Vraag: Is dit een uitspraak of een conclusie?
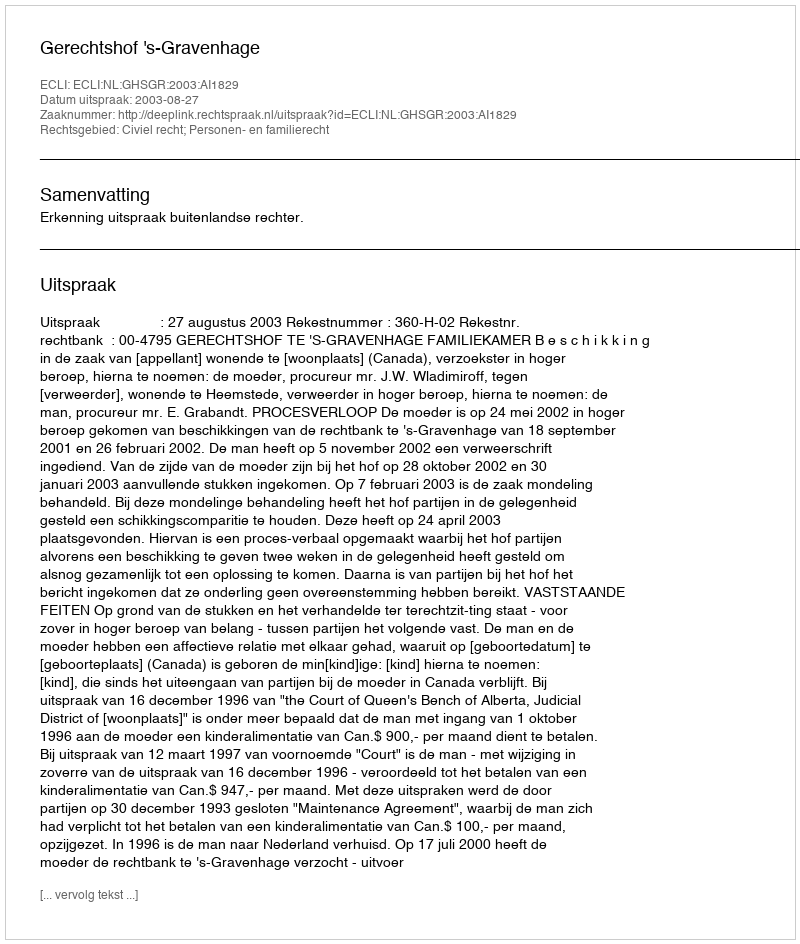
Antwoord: Uitspraak